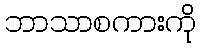
ဘာသာစကားကို